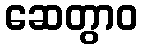
ဆေတွာဝ